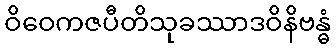
ဝိဝေကဇပီတိသုခဿာဒဝိနိဗန္ဓံ